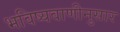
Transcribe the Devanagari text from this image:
भविष्यवाणीनुसार